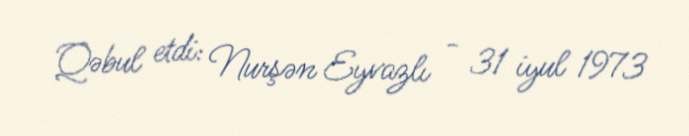
Qəbul etdi: Nurşən Eyvazlı - 31 iyul 1973